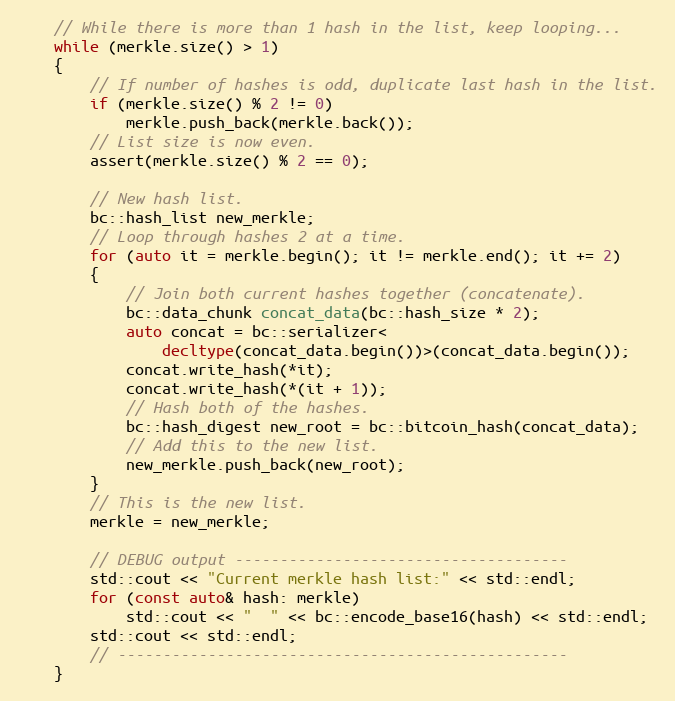
Language: C++
    // While there is more than 1 hash in the list, keep looping...
    while (merkle.size() > 1)
    {
        // If number of hashes is odd, duplicate last hash in the list.
        if (merkle.size() % 2 != 0)
            merkle.push_back(merkle.back());
        // List size is now even.
        assert(merkle.size() % 2 == 0);

        // New hash list.
        bc::hash_list new_merkle;
        // Loop through hashes 2 at a time.
        for (auto it = merkle.begin(); it != merkle.end(); it += 2)
        {
            // Join both current hashes together (concatenate).
            bc::data_chunk concat_data(bc::hash_size * 2);
            auto concat = bc::serializer<
                decltype(concat_data.begin())>(concat_data.begin());
            concat.write_hash(*it);
            concat.write_hash(*(it + 1));
            // Hash both of the hashes.
            bc::hash_digest new_root = bc::bitcoin_hash(concat_data);
            // Add this to the new list.
            new_merkle.push_back(new_root);
        }
        // This is the new list.
        merkle = new_merkle;

        // DEBUG output -------------------------------------
        std::cout << "Current merkle hash list:" << std::endl;
        for (const auto& hash: merkle)
            std::cout << "  " << bc::encode_base16(hash) << std::endl;
        std::cout << std::endl;
        // --------------------------------------------------
    }